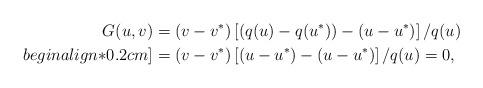
LaTeX: \begin{align*} G(u,v)&=(v-v^*)\left[(q(u)-q(u^*))-(u-u^*)\right]/q(u)\\begin{align*}0.2cm] &=(v-v^*)\left[(u-u^*)-(u-u^*)\right]/q(u)=0,\end{align*}